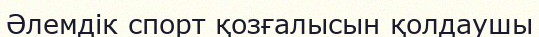
Әлемдік спорт қозғалысын қолдаушы